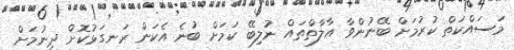
މަސައްކަތް ކުރުމަށް ބޭނުންވާ އާލާތްތައް ނުލިބޭ ކަމަށް ބުނެ އެކަން ރަނގަޅުކޮށް ދިނުމަށް